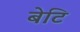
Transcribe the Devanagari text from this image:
बेटि